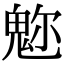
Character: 𩲪